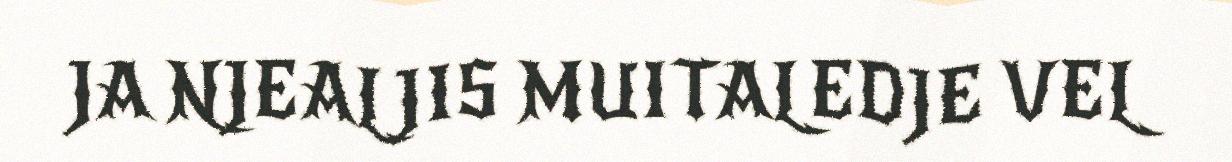
JA NJEALJIS MUITALEDJE VEL